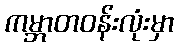
ကမ္ဘာတဝန်းလုံးမှာ